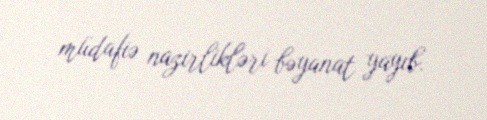
müdafiə nazirlikləri bəyanat yayıb.